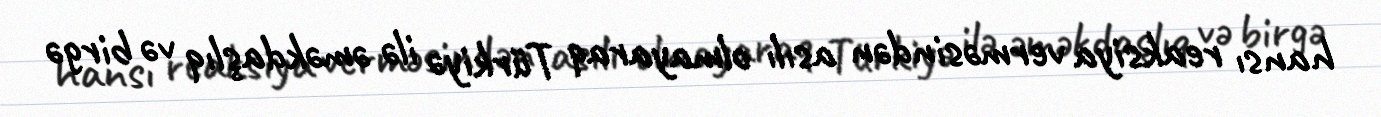
hansı reaksiya verməsindən asılı olmayaraq Türkiyə ilə əməkdaşlıq və birgə